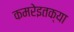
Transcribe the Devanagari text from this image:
कमरेइतक्या